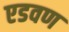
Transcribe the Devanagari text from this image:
एडवण